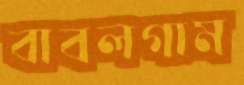
বাবলগাম